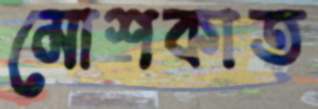
মোশকাত